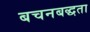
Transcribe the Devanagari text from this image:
बचनबद्धता